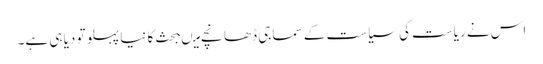
اس نے ریاست کی سیاست کے سماجی ڈھانچے میںبحث کا نیا پہلو تو دیا ہی ہے۔